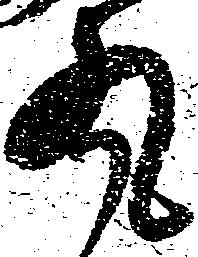
丸